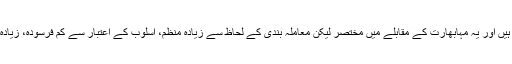
راماین میں 24 ہزار اشعار ہیں اور یہ مہابھارت کے مقابلے میں مختصر لیکن معاملہ بندی کے لحاظ سے زیادہ منظم، اسلوب کے اعتبار سے کم فرسودہ، زیادہ رومانی اور کم المناک ہے۔